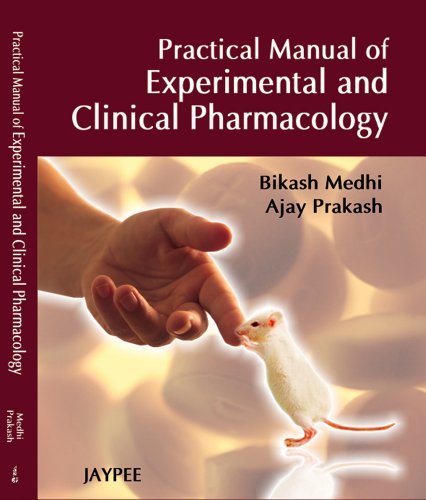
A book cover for Practical Manual of Experimental and Clinical Pharmacology; Medhi Bikash; Medical Books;